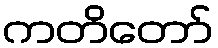
ကတိတော်